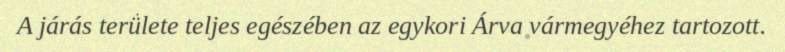
A járás területe teljes egészében az egykori Árva vármegyéhez tartozott.